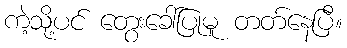
ကဲ့သို့ပင် တွေးခေါ်ပြုမူ တတ်နေပြီ။